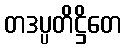
တဒပ္ပတိဋ္ဌိတေ